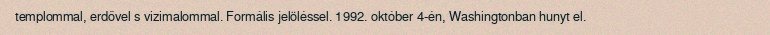
templommal, erdővel s vizimalommal. Formális jelöléssel. 1992. október 4-én, Washingtonban hunyt el.